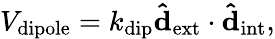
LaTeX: \begin{array}{r}{V_{\mathrm{dipole}}=k_{\mathrm{dip}}\mathbf{\hat{d}_{\mathrm{ext}}}\cdot\mathbf{\hat{d}_{\mathrm{int}}},}\end{array}